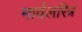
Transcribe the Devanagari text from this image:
मार्वलरित्र